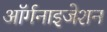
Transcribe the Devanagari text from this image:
अॉर्गनाइजेशन